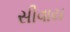
સીવાય